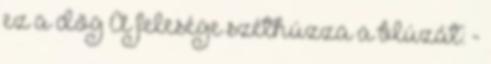
ez a dög A felesége széthúzza a blúzát: -